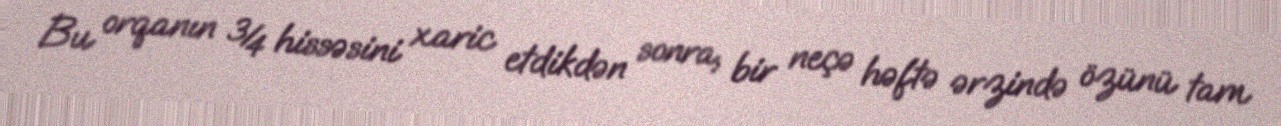
Bu orqanın ¾ hissəsini xaric etdikdən sonra, bir neçə həftə ərzində özünü tam